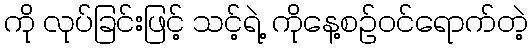
ကို လုပ်ခြင်းဖြင့် သင့်ရဲ့ ကိုနေ့စဥ်ဝင်ရောက်တဲ့